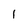
Character: 1